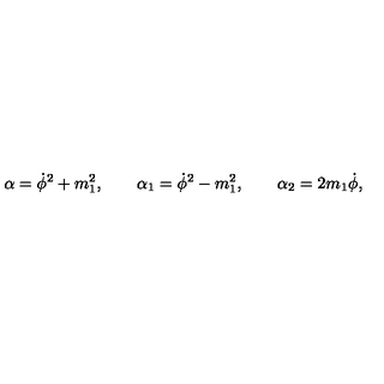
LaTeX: \alpha = \dot { \phi } ^ { 2 } + m _ { 1 } ^ { 2 } , \qquad \alpha _ { 1 } = \dot { \phi } ^ { 2 } - m _ { 1 } ^ { 2 } , \qquad \alpha _ { 2 } = 2 m _ { 1 } \dot { \phi } ,